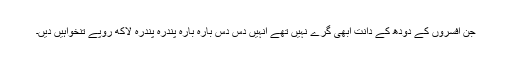
جن افسروں کے دودھ کے دانت ابھی گرے نہیں تھے انہیں دس دس بارہ بارہ پندرہ پندرہ لاکھ روپے تنخواہیں دیں۔